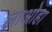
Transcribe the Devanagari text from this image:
लाओहा